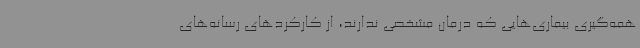
همه‌گیری بیماری‌هایی که درمان مشخصی ندارند، از کارکردهای رسانه‌های